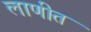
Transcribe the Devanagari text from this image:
लाणीत